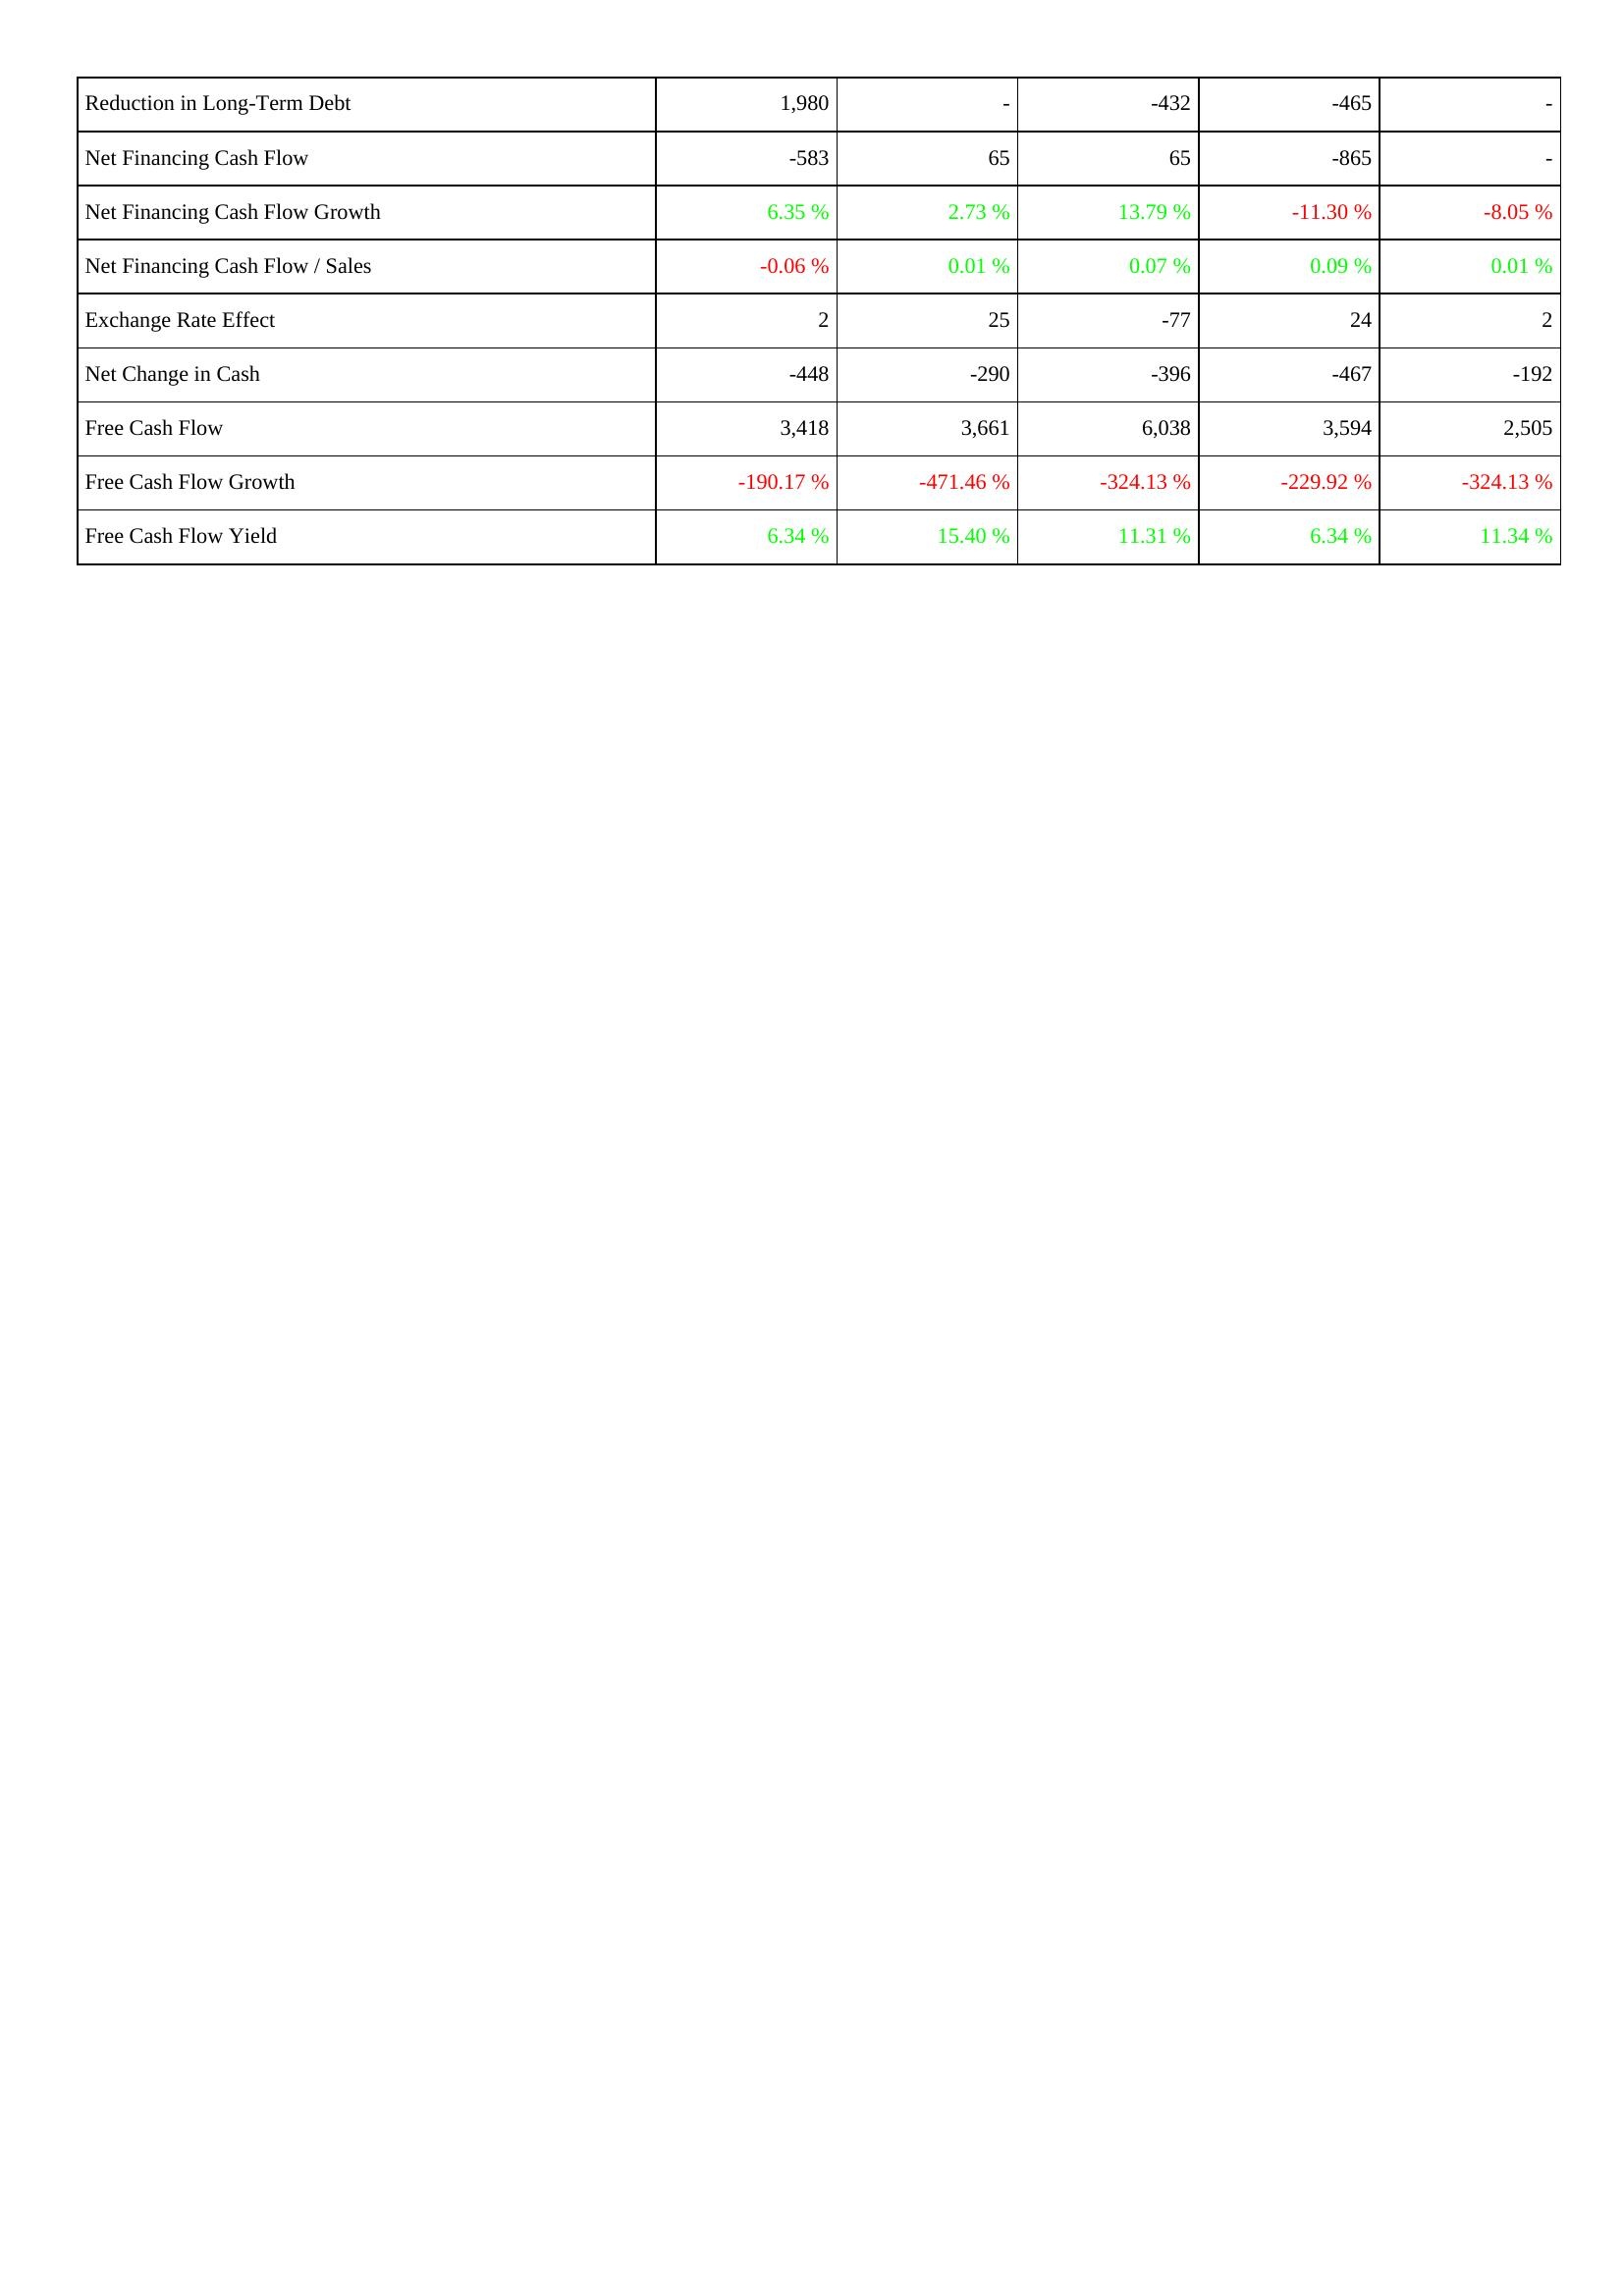
2010: Financing Activities: Reduction in Long-Term Debt: 1,980
Net Financing Cash Flow: -583
Net Financing Cash Flow Growth: 6.35 %
Net Financing Cash Flow / Sales: -0.06 %
Exchange Rate Effect: 2
Net Change in Cash: -448
Free Cash Flow: 3,418
Free Cash Flow Growth: -190.17 %
Free Cash Flow Yield: 6.34 %
2011: Financing Activities: Reduction in Long-Term Debt: -
Net Financing Cash Flow: 65
Net Financing Cash Flow Growth: 2.73 %
Net Financing Cash Flow / Sales: 0.01 %
Exchange Rate Effect: 25
Net Change in Cash: -290
Free Cash Flow: 3,661
Free Cash Flow Growth: -471.46 %
Free Cash Flow Yield: 15.40 %
2012: Financing Activities: Reduction in Long-Term Debt: -432
Net Financing Cash Flow: 65
Net Financing Cash Flow Growth: 13.79 %
Net Financing Cash Flow / Sales: 0.07 %
Exchange Rate Effect: -77
Net Change in Cash: -396
Free Cash Flow: 6,038
Free Cash Flow Growth: -324.13 %
Free Cash Flow Yield: 11.31 %
2013: Financing Activities: Reduction in Long-Term Debt: -465
Net Financing Cash Flow: -865
Net Financing Cash Flow Growth: -11.30 %
Net Financing Cash Flow / Sales: 0.09 %
Exchange Rate Effect: 24
Net Change in Cash: -467
Free Cash Flow: 3,594
Free Cash Flow Growth: -229.92 %
Free Cash Flow Yield: 6.34 %
2014: Financing Activities: Reduction in Long-Term Debt: -
Net Financing Cash Flow: -
Net Financing Cash Flow Growth: -8.05 %
Net Financing Cash Flow / Sales: 0.01 %
Exchange Rate Effect: 2
Net Change in Cash: -192
Free Cash Flow: 2,505
Free Cash Flow Growth: -324.13 %
Free Cash Flow Yield: 11.34 %